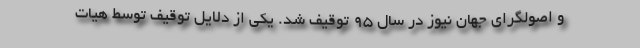
و اصولگرای جهان نیوز در سال 95 توقیف شد. یکی از دلایل توقیف توسط هیات